65_HS1-834228961_62-HQ-83894_Section_5
Agency: FBI
Page 117
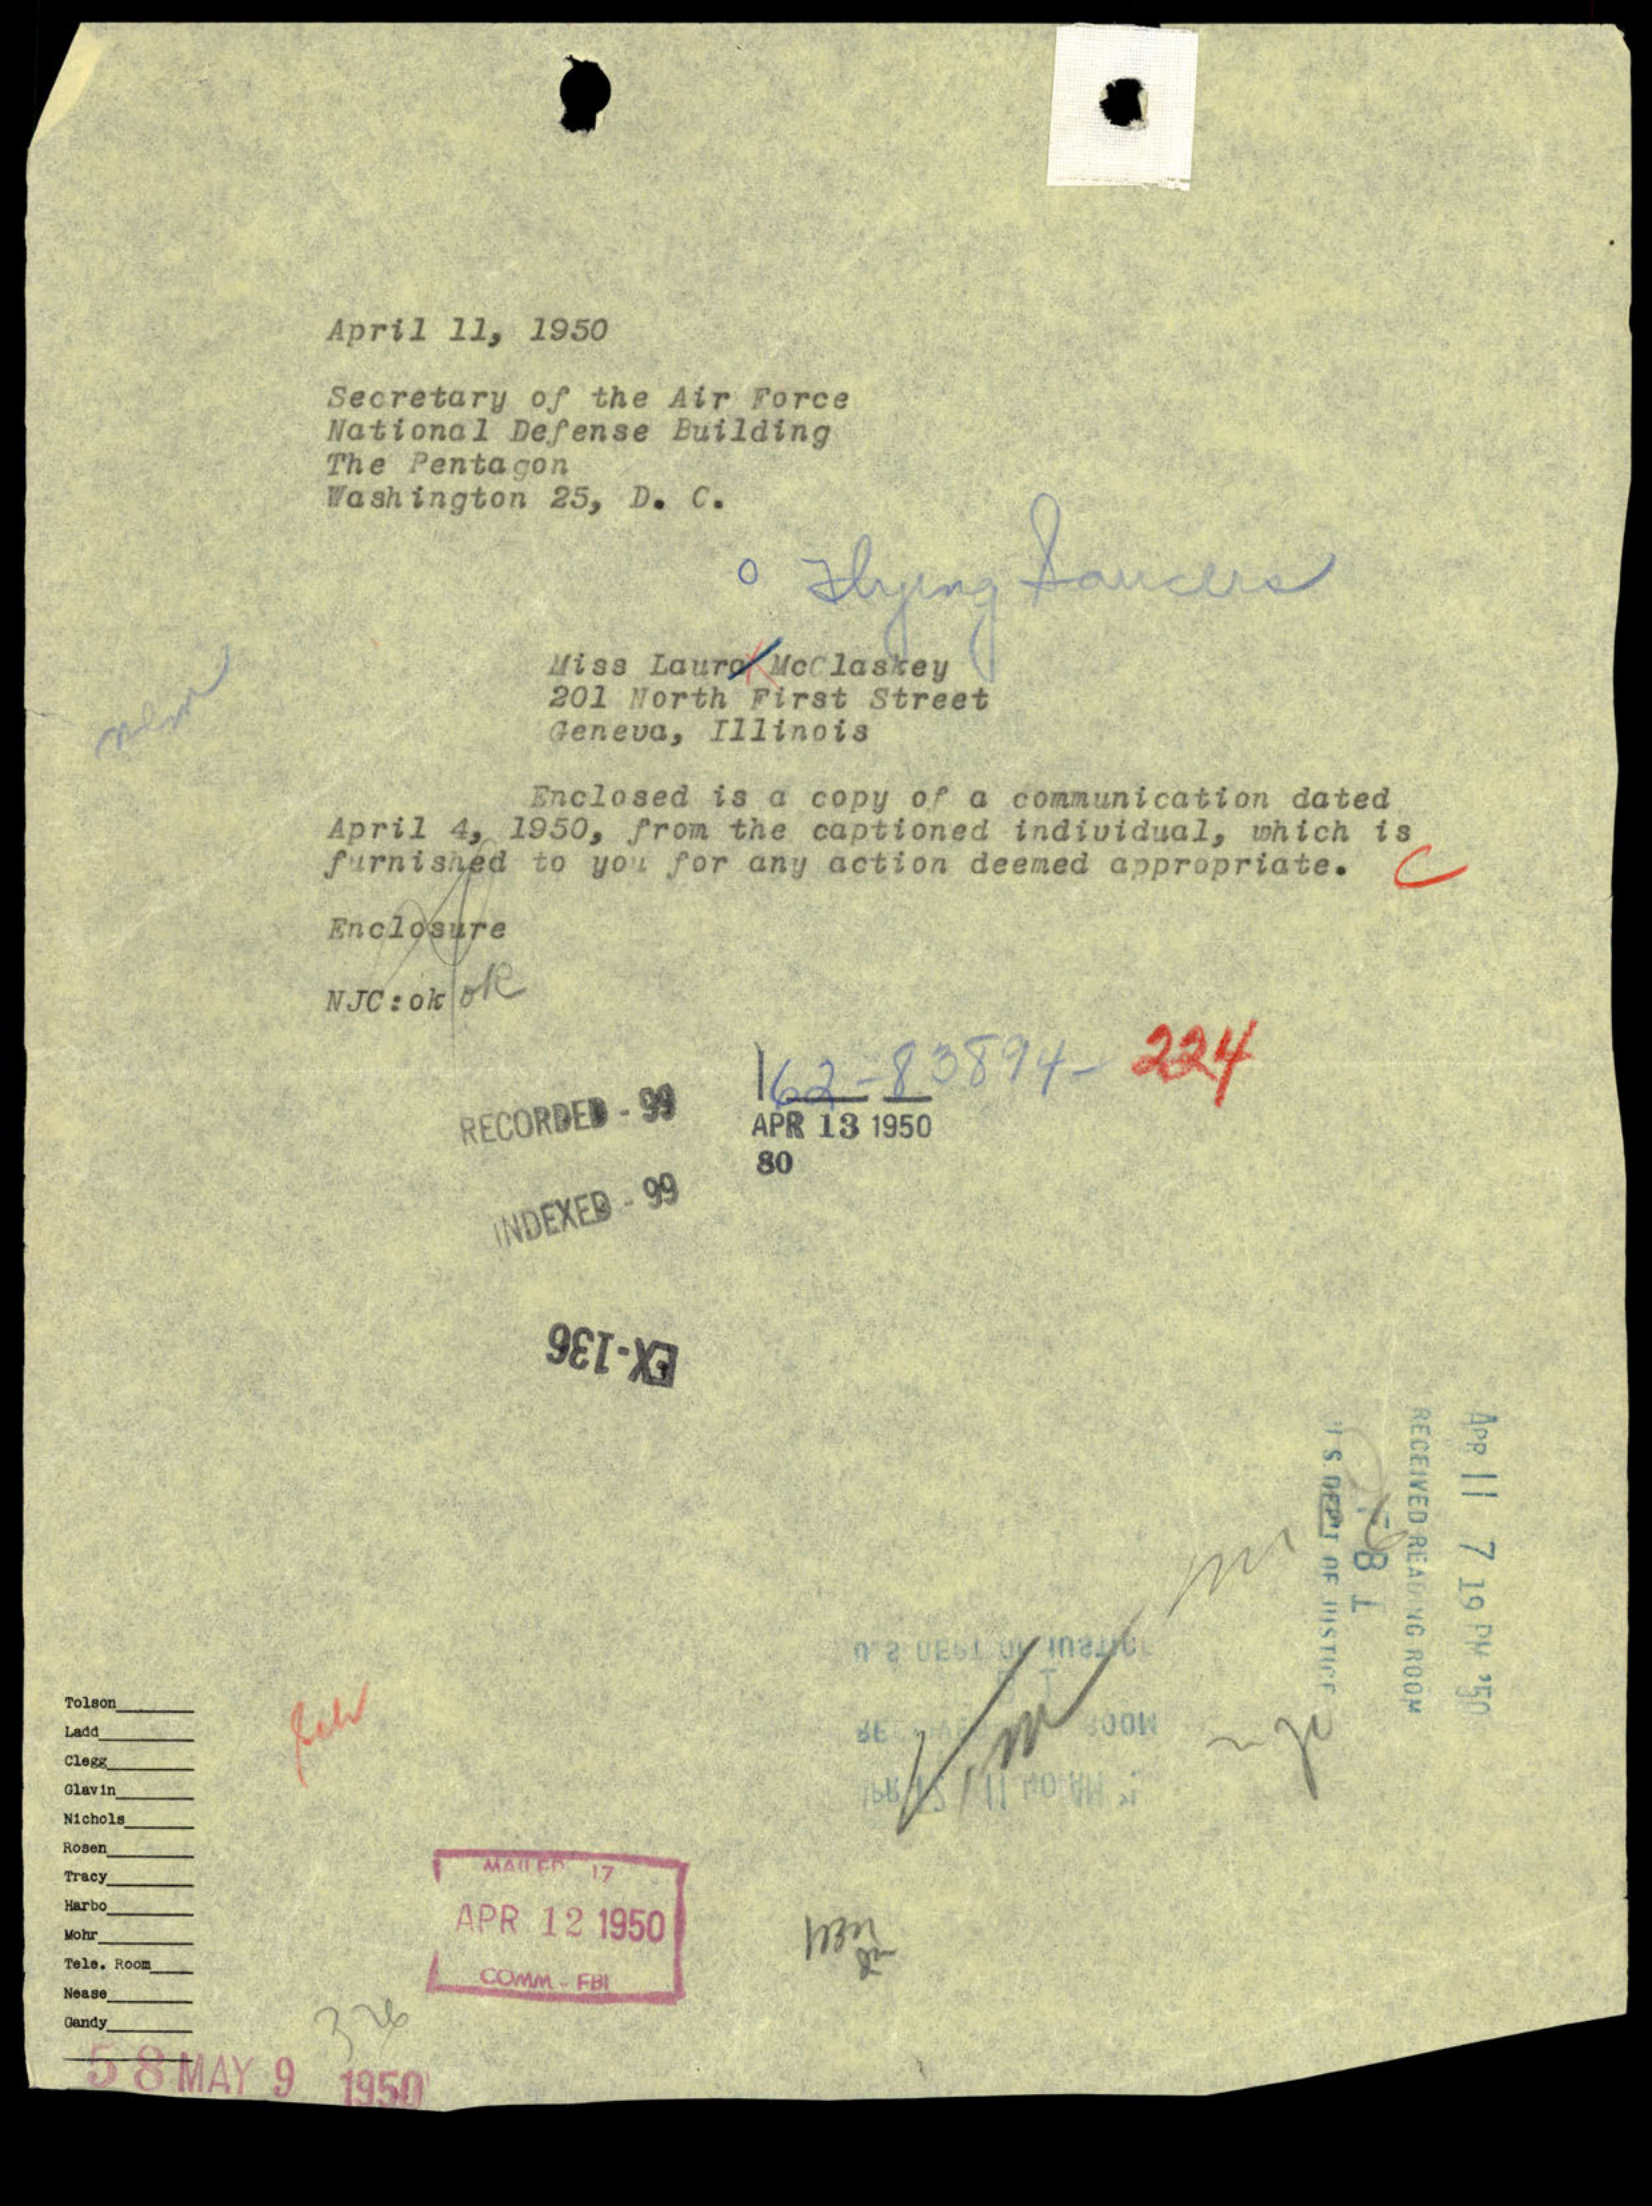